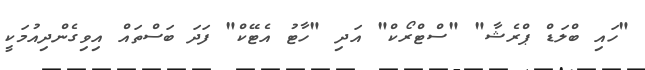
"ހައި ބްލަޑް ޕްރެޝާ" "ސްޓްރޯކް" އަދި "ހާޓު އެޓޭކް" ފަދަ ބަސްތައް އިވިގެންދިއުމަކީ